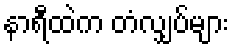
နာရီထဲက တံလျှပ်များ